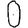
Digit: 0